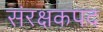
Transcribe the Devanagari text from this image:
संरक्षकपद